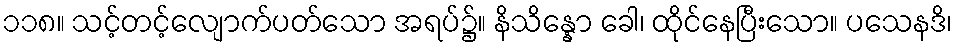
၁၁၈။ သင့်တင့်လျောက်ပတ်သော အရပ်၌။ နိသိန္နော ခေါ၊ ထိုင်နေပြီးသော။ ပသေနဒိ၊